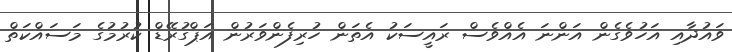
ވައުދާއި އަހުވެގެން އަންނަ އެއްވެސް ރައީސަކު އެތަން ހުރިފެންވަރުން އަޕްގުރޭޑް ކުރުމުގެ މަސައްކަތް